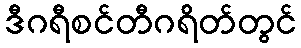
ဒီဂရီစင်တီဂရိတ်တွင်